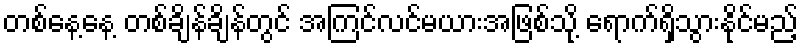
တစ်နေ့နေ့ တစ်ချိန်ချိန်တွင် အကြင်လင်မယားအဖြစ်သို့ ရောက်ရှိသွားနိုင်မည့်